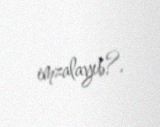
imzalayıb?.